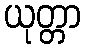
ယုတ္တာ